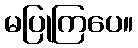
မပြုကြပေ။